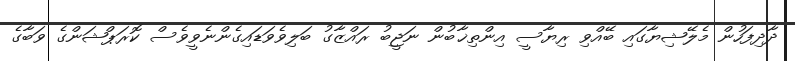
ދާދިފަހުން މެލޭޝިޔާގައި ބޭއްވި ރިޔާސީ އިންތިޚާބުން ނަޖީބު ރައްޒާގު ބަލިވެވަޑައިގެންނެވީވެސް ކޮރަޕްޝަންގެ ވަބާގެ